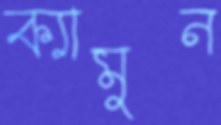
ক্যামুন